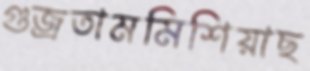
গুজ্‌রতামমিশিয়াছ